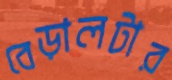
বেড়ালটার